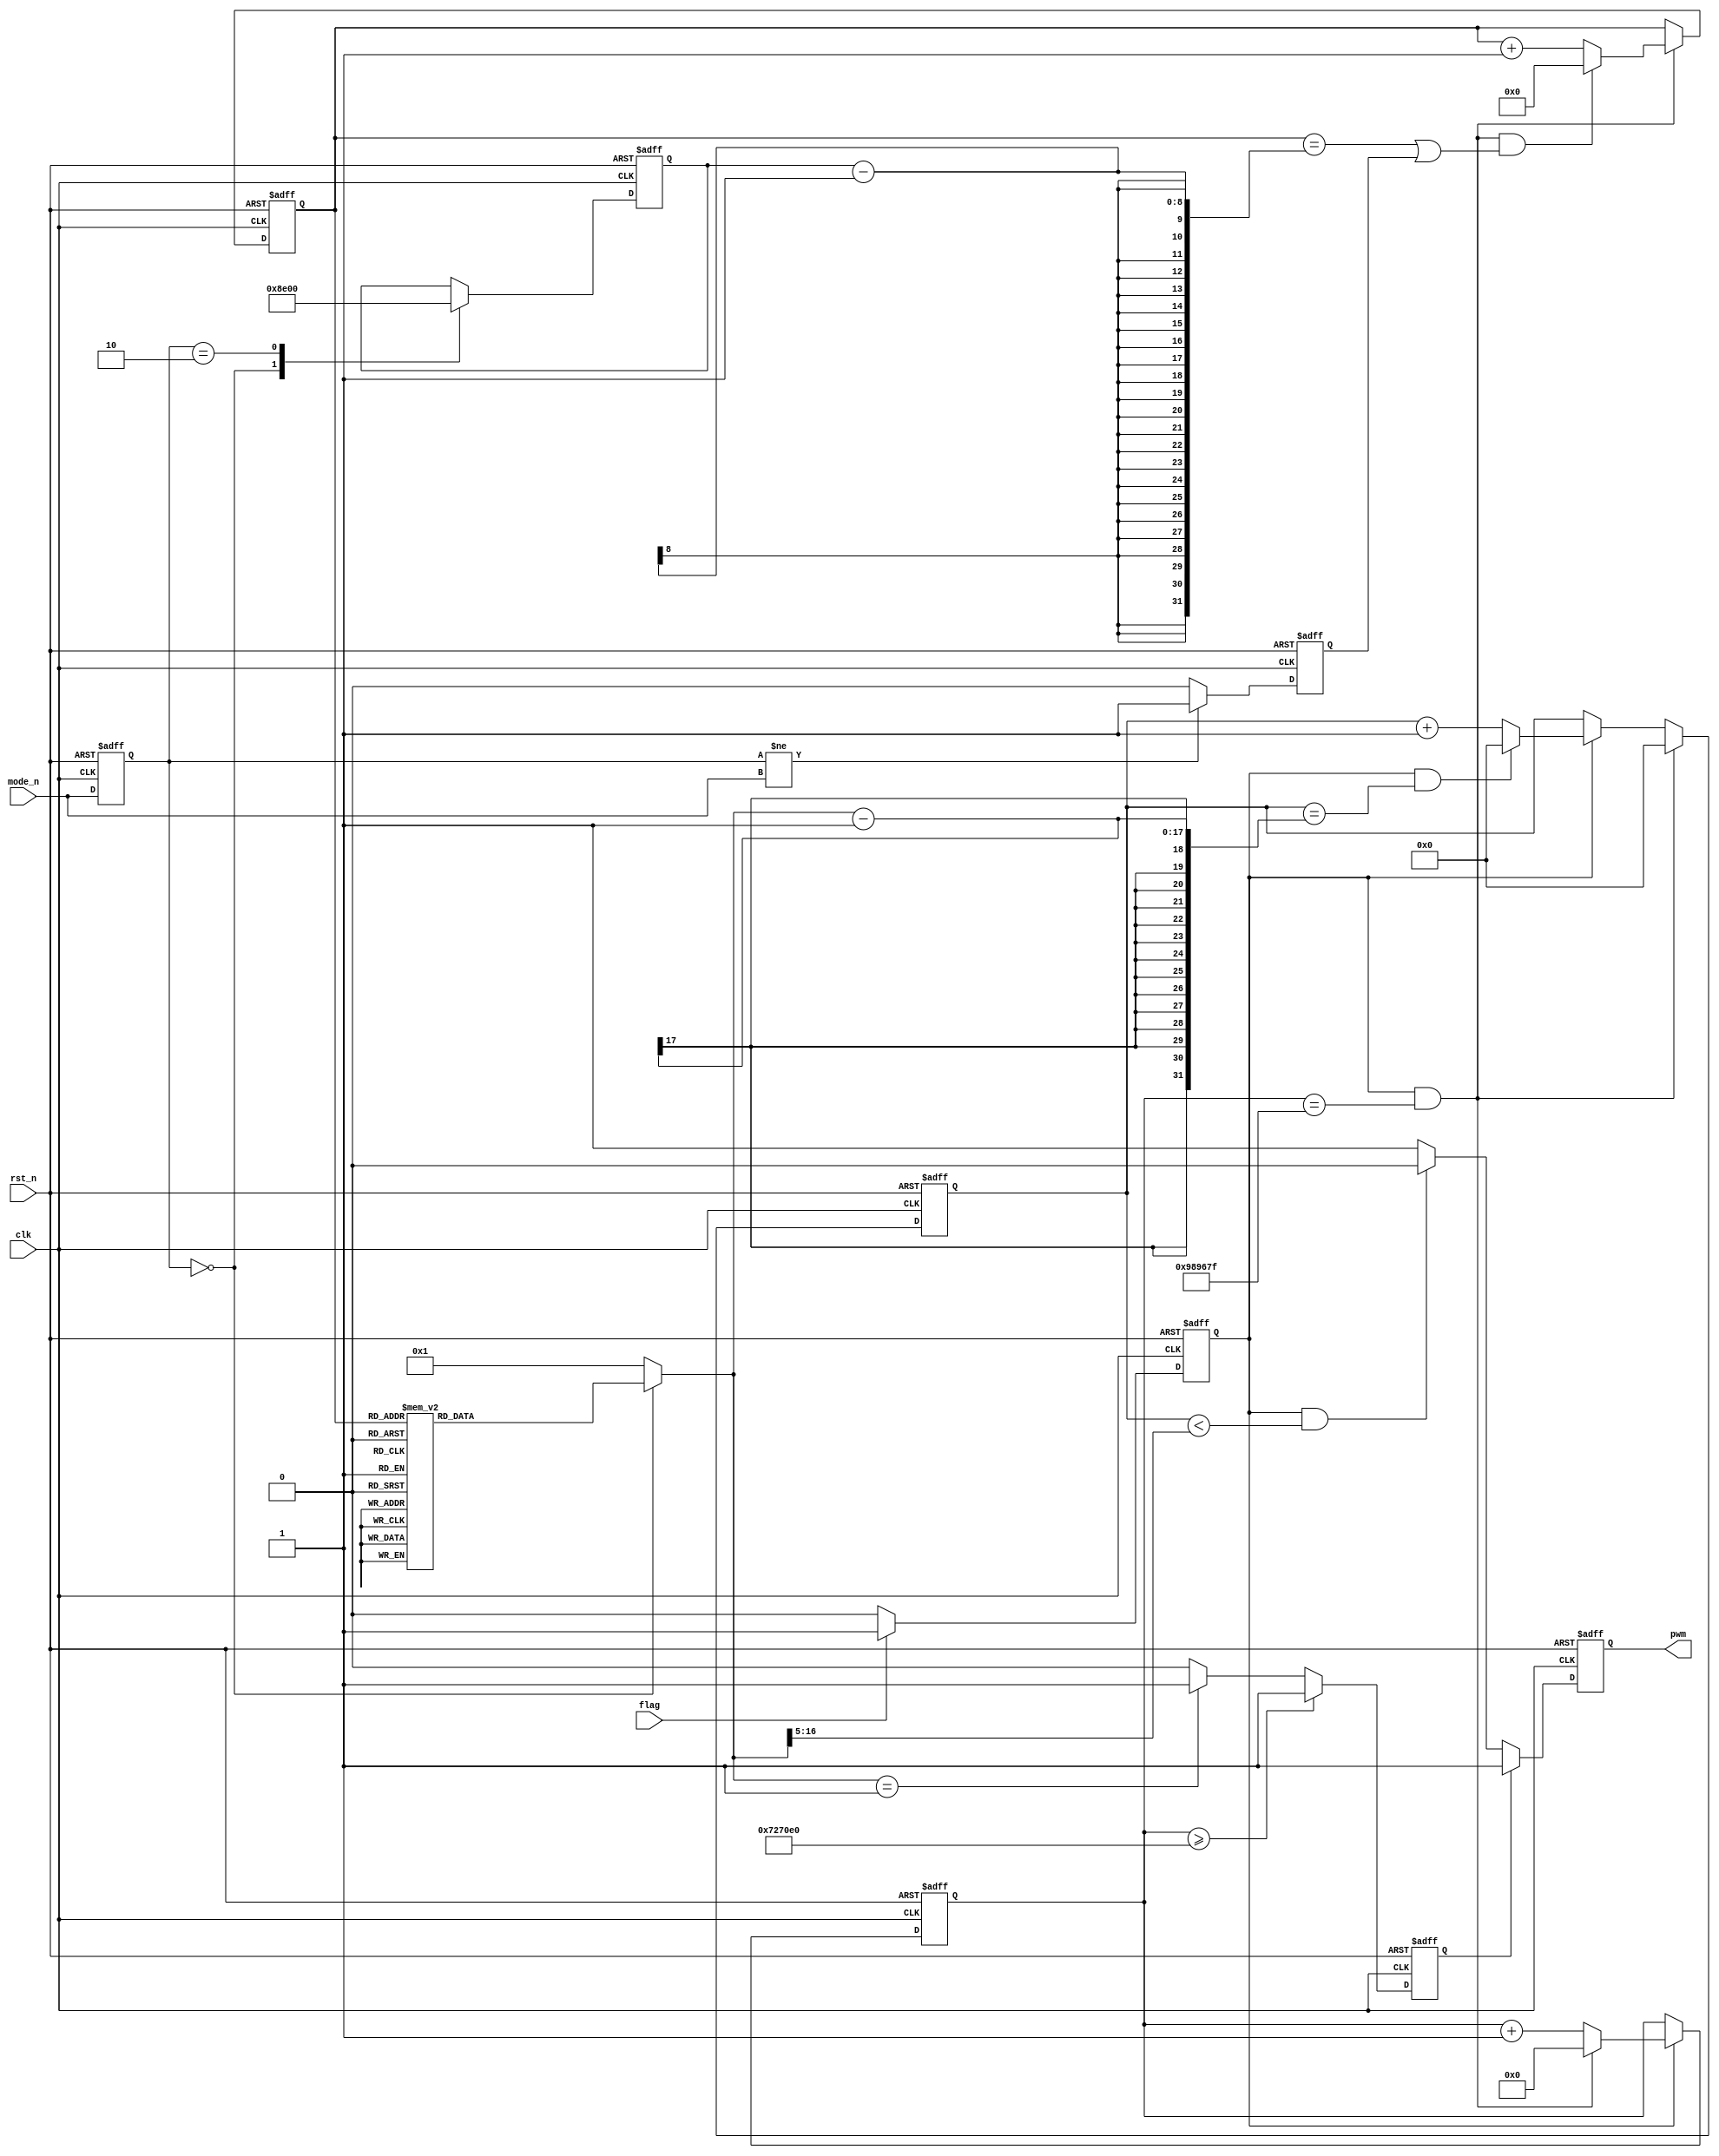
module beep_bgm#(parameter CLK_PRE = 50_000_000, TIME_300MS = 10_000_000)(
    input               clk     ,
    input               rst_n   ,
    input               flag     ,
    input   [1:0]       mode_n   ,
    output reg          pwm
);
    //  
//-
    parameter


        ___DO = CLK_PRE / 65,
        ___RE = CLK_PRE / 73,
        ___MI = CLK_PRE / 82,
        ___FA = CLK_PRE / 87,
        ___SO = CLK_PRE / 98,
        ___LA = CLK_PRE / 110,
        ___SI = CLK_PRE / 123,

        __DO = CLK_PRE / 131,
        __RE = CLK_PRE / 147,
        __MI = CLK_PRE / 165,
        __FA = CLK_PRE / 175,
        __SO = CLK_PRE / 196,
        __LA = CLK_PRE / 220,
        __SI = CLK_PRE / 247, 

        _DO = CLK_PRE / 262,
        _RE = CLK_PRE / 294,
        _MI = CLK_PRE / 330,
        _FA = CLK_PRE / 349,
        _SO = CLK_PRE / 392,
        _LA = CLK_PRE / 440,
        _SI = CLK_PRE / 494, 

        DO = CLK_PRE / 523,
        RE = CLK_PRE / 587,
        MI = CLK_PRE / 659,
        FA = CLK_PRE / 698,
        FA1= CLK_PRE / 740,
        SO = CLK_PRE / 784,
        SO1= CLK_PRE / 831,
        LA = CLK_PRE / 880,
        LA1= CLK_PRE / 932,
        SI = CLK_PRE / 988,

        DO_ = CLK_PRE / 1046,
        RE_ = CLK_PRE / 1175,
        MI_ = CLK_PRE / 1318,
        FA_ = CLK_PRE / 1397,
        SO_ = CLK_PRE / 1568,
        LA_ = CLK_PRE / 1760,
        SI_ = CLK_PRE / 1976;


    reg         [7:0]       MUSIC_LEN;
    reg         [16:0]      cnt1    ;   //
    wire                    add_cnt1;
    wire                    end_cnt1;
    reg         [16:0]      X       ;   //cnt1

    reg         [23:0]      cnt2    ;   //300ms
    wire                    add_cnt2;
    wire                    end_cnt2;

    reg         [7:0]       cnt3    ;   //48
    wire                    add_cnt3;
    wire                    end_cnt3;

    reg                    mode_change;
    reg        [1:0]       mode_c;
    reg                     ctrl    ;   //25%
    reg                     en      ;


    always @(posedge clk or negedge rst_n) begin
        if (!rst_n)begin
            MUSIC_LEN <= 8'd0;
        end
        else begin
            case (mode_c)
                2'b00:begin
                    MUSIC_LEN <=8'd142;
                end
                2'b10:begin
                    MUSIC_LEN <= 0;
                end
                default:begin
                    MUSIC_LEN <= MUSIC_LEN;
                end 
            endcase
        end
    end

    always @(posedge clk or negedge rst_n) begin
        if (!rst_n)begin
            mode_c <= 2'b00;
        end
        else begin
            mode_c <= mode_n;
        end
    end

    always @(posedge clk or negedge rst_n) begin
        if (!rst_n)begin
            mode_change <= 1'b0;
        end
        else begin
            if (mode_c != mode_n)begin
                mode_change <= 1'b1;
            end
            else begin
                mode_change <= 1'b0;
            end
        end
    end

    always @(posedge clk or negedge rst_n)begin 
        if(!rst_n)begin
            en <= 0;
        end 
        else if(flag == 1'b1)begin 
            en <= 1'b1;
        end
        else begin 
            en <= 1'b0;
        end 
    end

    always @(posedge clk or negedge rst_n)begin
        if(!rst_n)begin
            cnt1 <= 17'b0;
        end
        else if(end_cnt2)begin
            cnt1 <= 17'b0;
        end
        else if(add_cnt1)begin
            if(end_cnt1)begin
                cnt1 <= 17'b0;
            end
            else begin
                cnt1 <= cnt1 + 1'b1;
            end
        end
        else begin
            cnt1 <= cnt1;
        end 
    end

    assign add_cnt1 = en;
    assign end_cnt1 = add_cnt1 && cnt1 == X - 1;

    always @(posedge clk or negedge rst_n)begin
        if(!rst_n)begin
            cnt2 <= 24'b0;
        end
        else if(add_cnt2)begin
            if(end_cnt2)begin
                cnt2 <= 24'b0;
            end
            else begin
                cnt2 <= cnt2 + 1'b1;
            end
        end
        else begin
            cnt2 <= cnt2;
        end
    end 

    assign add_cnt2 = en;
    assign end_cnt2 = add_cnt2 && cnt2 == TIME_300MS -1;

    always @(posedge clk or negedge rst_n)begin
        if(!rst_n)begin
            cnt3 <= 6'b0;
        end
        else if(add_cnt3)begin
            if(end_cnt3)begin
                cnt3 <= 24'b0;
            end
            else begin
                cnt3 <= cnt3 + 1'b1;
            end
        end
        else begin
            cnt3 <= cnt3;
        end
    end 

    assign add_cnt3 = end_cnt2;
    assign end_cnt3 = add_cnt3 && ((cnt3 == MUSIC_LEN - 1)||(mode_change == 1'b1));


    always @(*)begin
        case (mode_c)
            2'b00:begin
                case (cnt3)
                    0:          X = _SO;
                    1:          X = _LA;

                    2:          X = 1;
                    3:          X = DO;

                    4:          X = MI;        
                    5:          X = 1;  

                    6:          X = SO;         
                    7:          X = 1;

                    8:          X = SI;     
                    9:          X = 1;

                    10:         X = LA1;    
                    11:         X = LA;

                    12:         X = 1;      
                    13:         X = 1;

                    14:         X = _SO;     
                    15:         X = 1;

                    16:         X = SO;       
                    17:         X = 1;

                    18:         X = SO1;     
                    19:         X = LA;

                    20:         X = 1;      
                    21:         X = 1;

                    22:         X = 1;       
                    23:         X = 1;

                    24:         X = SO;              
                    25:         X = 1;  

                    26:         X = SO1;              
                    27:         X = LA;         

                    28:         X = 1;      
                    29:         X = LA;

                    30:         X = SO;      
                    31:         X = LA;


                    32:         X = SI;
                    33:         X = 1;

                    34:         X = SI;
                    35:         X = 1;

                    36:         X = LA;        
                    37:         X = 1; 

                    38:         X = FA;        
                    39:         X = 1; 

                    40:         X = 1;
                    41:         X = 1;

                    42:         X = 1;
                    43:         X = 1;

                    44:       X = 1; 
                    45:       X = 1;  

                    46:       X = 1;  
                    47:       X = 1; 

                    48:       X = FA;
                    49:       X = 1;

                    50:       X = FA1;
                    51:       X = SO;

                    52:       X = 1;
                    53:       X = 1;

                    54:       X = 1;
                    55:       X = 1;

                    56:       X = FA;
                    57:       X = 1;

                    58:       X = FA1;
                    59:       X = SO;

                    60:       X = 1;
                    61:       X = SO;

                    62:       X = FA;
                    63:       X = SO;

                    64:       X = LA;
                    65:       X = 1;

                    66:       X = LA;
                    67:       X = 1;

                    68:       X = SO;
                    69:       X = 1;

                    70:       X = MI;
                    71:       X = 1;

                    72:       X = 1;
                    73:       X = 1;

                    74:       X = 1;
                    75:       X = 1;

                    76:       X = 1;
                    77:       X = 1;

                    78:       X = 1;
                    79:       X = 1;

                    80:       X = SO;
                    81:       X = 1;

                    82:       X = SO1;
                    83:       X = LA;

                    84:       X = 1;
                    85:       X = 1;

                    86:       X = 1;
                    87:       X = 1;

                    88:       X = SO;
                    89:       X = SO;

                    90:       X = SO1;
                    91:       X = LA;

                    92:       X = 1 ;
                    93:      X = SO;

                    94:      X = LA;
                    95:       X = SI;

                    96:       X = 1;
                    97:       X = SI;

                    98:       X = 1;
                    99:       X = LA;

                    100:       X = 1;
                    101:       X = FA;

                    102:       X = 1;
                    103:       X = 1;

                    104:       X = 1;
                    105:       X = 1;

                    106:       X = 1;
                    107:       X = 1;

                    108:       X = 1;
                    109:       X = 1;

                    110:       X = 1;
                    111:       X = FA;

                    112:       X = 1;
                    113:       X = FA1;

                    114:       X = SO;
                    115:       X = 1;

                    116:       X = 1;
                    117:       X = 1;

                    118:       X = 1;
                    119:       X = FA;

                    120:       X = 1;
                    121:       X = FA1;

                    122:       X = SO;
                    123:       X = 1;

                    124:       X = SO;
                    125:       X = FA;

                    126:       X = SO;
                    127:       X = LA;

                    128:       X = 1;
                    129:       X =LA;

                    130:       X = 1;
                    131:       X = SO;

                    132:       X = 1;
                    133:       X = MI;

                    134:       X = 1;
                    135:       X = 1;

                    136:       X = 1;
                    137:       X = 1;

                    138:       X = 1;
                    139:       X = 1;

                    140:       X = 1;
                    141:       X = 1;
                    142:       X = 1;


default:X=1;
        endcase
            end 
            default: X = 1;
        endcase
    end

    always @(posedge clk or negedge rst_n)begin
        if(!rst_n)begin
            ctrl <= 1'b0;
        end
        else if(cnt2 >= ((TIME_300MS >> 1) + (TIME_300MS >>2)))begin
            ctrl <= 1'b1;
        end
        else if(X == 1)begin
            ctrl <= 1'b1;
        end
        else begin
            ctrl <= 1'b0;
        end
    end

    always @(posedge clk or negedge rst_n)begin
        if(!rst_n)begin
            pwm <= 1'b1;
        end
        else if(ctrl)begin
            pwm <= 1'b1;
        end
        else if(en && (cnt1 < (X >> 5)))begin
            pwm <= 1'b0;
        end
        else begin
            pwm <= 1'b1;
        end
    end


endmodule